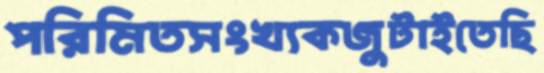
পরিমিতসংখ্যকজুটাইতেছি